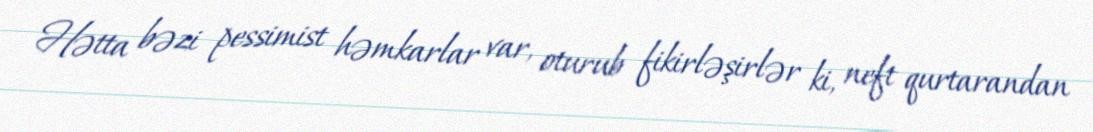
Hətta bəzi pessimist həmkarlar var, oturub fikirləşirlər ki, neft qurtarandan